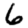
Digit: 6